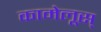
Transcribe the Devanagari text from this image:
कामेलूस्